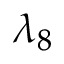
\lambda _ { 8 }